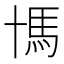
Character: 𩡪